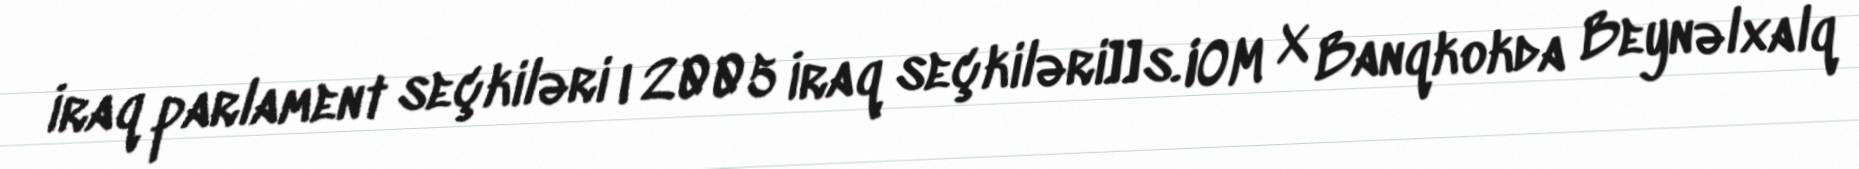
İraq parlament seçkiləri|2005 İraq seçkiləri]]s. IOM X Banqkokda Beynəlxalq